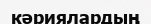
кәриялардың